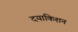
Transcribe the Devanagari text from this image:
दयाकिशन